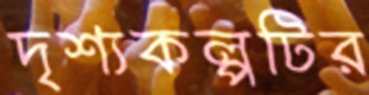
দৃশ্যকল্পটির